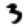
Digit: 3